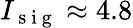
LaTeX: I_{\mathrm{~s~i~g~}}\approx 4.8